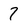
Character: 7